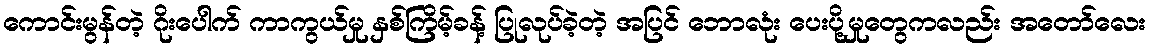
ကောင်းမွန်တဲ့ ဂိုးပေါက် ကာကွယ်မှု နှစ်ကြိမ့်ခန့် ပြုလုပ်ခဲ့တဲ့ အပြင် ဘောလုံး ပေးပို့မှုတွေကလည်း အတော်လေး